Report on lock hospitals in British Burma
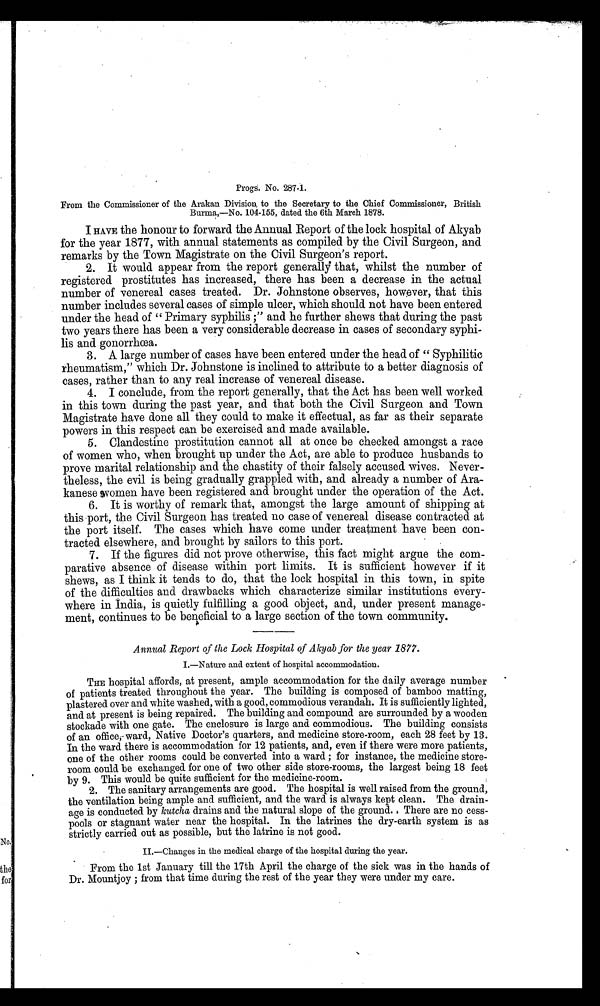
From the Commissioner of the Arakan Division to the Secretary to the Chief Commissioner, British
Burma,—No. 104-155, dated the 6th March 1878.
I HAVE the honour to forward the Annual Report of the lock hospital of Akyab
for the year 1877, with annual statements as compiled by the Civil Surgeon, and
remarks by the Town Magistrate on the Civil Surgeon's report.
2. It would appear from the report generally that, whilst the number of
registered prostitutes has increased, there has been a decrease in the actual
number of venereal cases treated. Dr. Johnstone observes, however, that this
number includes several cases of simple ulcer, which should not have been entered
under the head of "Primary syphilis ;" and he further shews that during the past
two years there has been a very considerable decrease in cases of secondary syphi-
lis and gonorrhœa.
3. A large number of cases have been entered under the head of " Syphilitic
rheumatism," which Dr. Johnstone is inclined to attribute to a better diagnosis of
cases, rather than to any real increase of venereal disease.
4. I conclude, from the report generally, that the Act has been well worked
in this town during the past year, and that both the Civil Surgeon and Town
Magistrate have done all they could to make it effectual, as far as their separate
powers in this respect can be exercised and made available.
5. Clandestine prostitution cannot all at once be checked amongst a race
of women who, when brought up under the Act, are able to produce husbands to
prove marital relationship and the chastity of their falsely accused wives. Never-
theless, the evil is being gradually grappled with, and already a number of Ara-
kanese women have been registered and brought under the operation of the Act.
6. It is worthy of remark that, amongst the large amount of shipping at
this port, the Civil Surgeon has treated no case of venereal disease contracted at
the port itself. The cases which have come under treatment have been con-
tracted elsewhere, and brought by sailors to this port.
7. If the figures did not prove otherwise, this fact might argue the com-
parative absence of disease within port limits. It is sufficient however if it
shews, as I think it tends to do, that the lock hospital in this town, in spite
of the difficulties and drawbacks which characterize similar institutions every-
where in India, is quietly fulfilling a good object, and, under present manage-
ment, continues to be beneficial to a large section of the town community.
Annual Report of the Lock Hospital of Akyab for the year 1877.
I.—Nature and extent of hospital accommodation.
THE hospital affords, at present, ample accommodation for the daily average number
of patients treated throughout the year. The building is composed of bamboo matting,
plastered over and white washed, with a good, commodious verandah. It is sufficiently lighted,
and at present is being repaired. The building and compound are surrounded by a wooden
stockade with one gate. The enclosure is large and commodious. The building consists
of an office, ward, Native Doctor's quarters, and medicine store-room, each 28 feet by 13.
In the ward there is accommodation for 12 patients, and, even if there were more patients,
one of the other rooms could be converted into a ward ; for instance, the medicine store-
room could be exchanged for one of two other side store-rooms, the largest being 18 feet
by 9. This would be quite sufficient for the medicine-room.
2. The sanitary arrangements are good. The hospital is well raised from the ground,
the ventilation being ample and sufficient, and the ward is always kept clean. The drain-
age is conducted by kutcha drains and the natural slope of the ground. There are no cess-
pools or stagnant water near the hospital. In the latrines the dry-earth system is as
strictly carried out as possible, but the latrine is not good.
II.—Changes in the medical charge of the hospital during the year.
From the 1st January till the 17th April the charge of the sick was in the hands of
Dr. Mountjoy ; from that time during the rest of the year they were under my care.